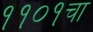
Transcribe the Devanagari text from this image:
११०१चा